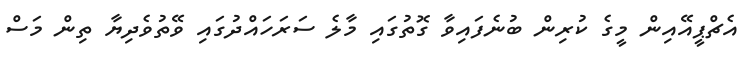
އެޗްޕީއޭއިން މީގެ ކުރިން ބުނެފައިވާ ގޮތުގައި މާލެ ސަރަހައްދުގައި ވޭތުވެދިޔާ ތިން މަސް